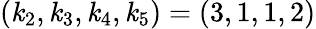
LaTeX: (\mathit{k}_{2},\mathit{k}_{3},\mathit{k}_{4},\mathit{k}_{5})=(3,1,1,2)